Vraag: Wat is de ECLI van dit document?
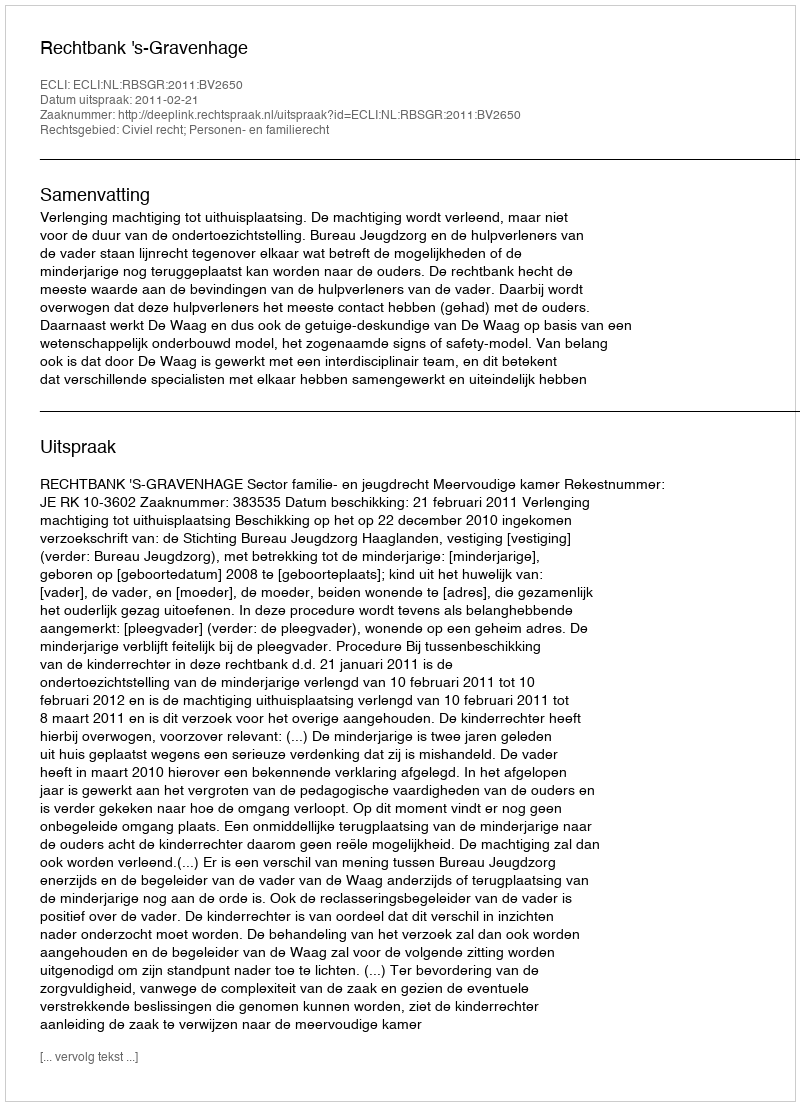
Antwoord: ECLI:NL:RBSGR:2011:BV2650